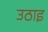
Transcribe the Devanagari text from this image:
उठाइ